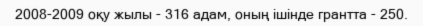
2008-2009 оқу жылы - 316 адам, оның ішінде грантта - 250.